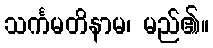
သင်္ကမတိနာမ၊ မည်၏။